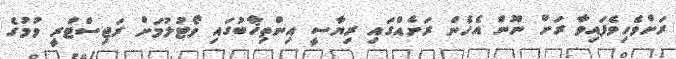
ރަށްވެހިވެފައިވާ ރަށް ނޫން އެހެން ރަށެއްގައި ރިޔާސީ އިންތިޚާބުގައި ވޯޓުލުމަށް ރަޖިސްޓްރީ ވުމުގެ